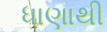
ધાણાથી